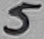
Text: 5